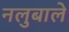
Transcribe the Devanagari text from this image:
नलुबाले